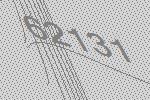
62131